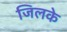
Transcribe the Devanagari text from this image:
जिलके